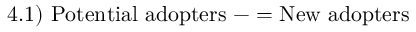
4 . 1 ) \ { \mathrm { P o t e n t i a l ~ a d o p t e r s } } \ - = { \mathrm { N e w ~ a d o p t e r s ~ } }